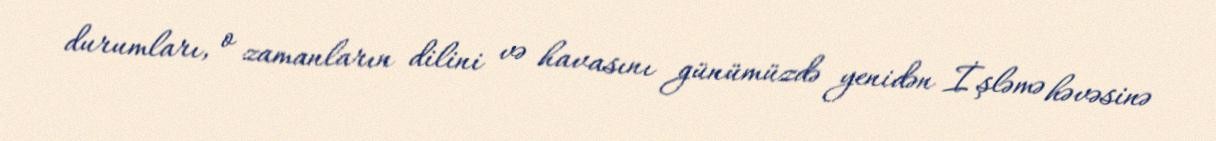
durumları, o zamanların dilini və havasını günümüzdə yenidən İşləmə həvəsinə